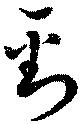
劉